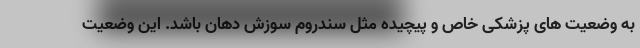
به وضعیت های پزشکی خاص و پیچیده مثل سندروم سوزش دهان باشد. این وضعیت